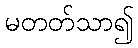
မတတ်သာ၍